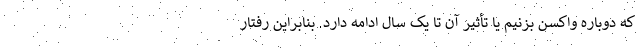
که دوباره واکسن بزنیم یا تأثیر آن تا یک سال ادامه دارد. بنابراین رفتار